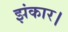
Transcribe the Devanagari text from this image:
झंकार।